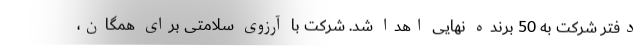
دفتر شرکت به 50 برنده نهایی اهدا شد. شرکت با آرزوی سلامتی برای همگان،